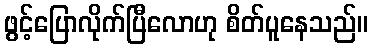
ဖွင့်ပြောလိုက်ပြီလောဟု စိတ်ပူနေသည်။